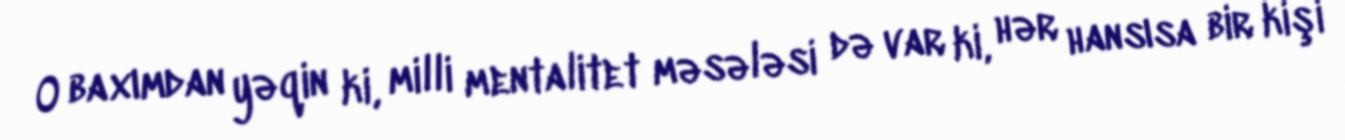
O baxımdan yəqin ki, milli mentalitet məsələsi də var ki, hər hansısa bir kişi